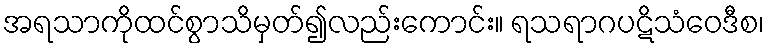
အရသာကိုထင်စွာသိမှတ်၍လည်းကောင်း။ ရသရာဂပဋိသံဝေဒီစ၊